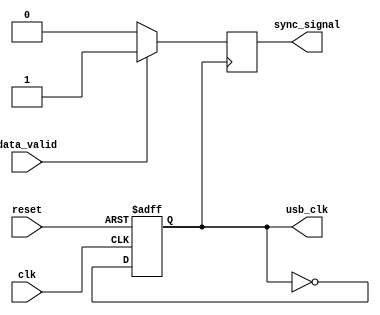
module usb_timing_control (
    input wire clk,
    input wire reset,
    output wire usb_clk,
    input wire data_valid,
    output wire sync_signal
);

// Clock generation module
always @ (posedge clk or posedge reset)
begin
    if (reset)
        usb_clk <= 1'b0;
    else
        usb_clk <= ~usb_clk;
end

// Synchronization module
always @ (posedge usb_clk)
begin
    if (data_valid)
        sync_signal <= 1'b1;
    else
        sync_signal <= 1'b0;
end

endmodule